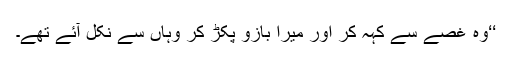
‘‘وہ غصے سے کہہ کر اور میرا بازو پکڑ کر وہاں سے نکل آئے تھے۔